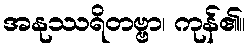
အနုဿရိတဗ္ဗာ၊ ကုန်၏။